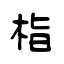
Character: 栺